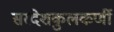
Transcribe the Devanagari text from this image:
सरदेशकुलकर्णी